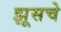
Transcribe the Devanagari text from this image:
झूसचे